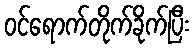
ဝင်ရောက်တိုက်ခိုက်ပြီး